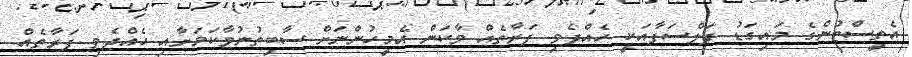
އެތީސްޓުންގެ މައިގަޑު ފަލްސަފާއަކީ ހެއްދެވި ފަރާތެއް ވާކަން އެމީހުންނަށް ސާބިތުނުވާކަމަށާއި ހެއްދެވި ފަރާތެއް